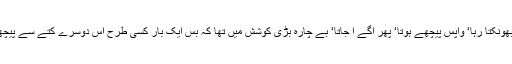
وہ بار بار بھونکتا رہا‘ واپس پیچھے ہوتا‘ پھر آگے آ جاتا‘ بے چارہ بڑی کوشش میں تھا کہ بس ایک بار کسی طرح اس دوسرے کتے سے پیچھا چھڑا لے۔